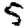
Digit: 5